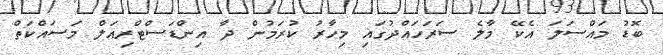
ބޮޑު މައްސަލަ އެކޭ މާލެ ސަރަހައްދުގައި މިހާރު ކުރަމުން ދާ އިންޑަސްޓްރިއަލް މަސައްކަތް